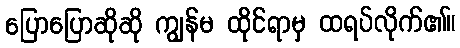
ပြောပြောဆိုဆို ကျွန်မ ထိုင်ရာမှ ထရပ်လိုက်၏။